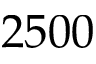
2 5 0 0